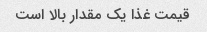
قیمت غذا یک مقدار بالا است